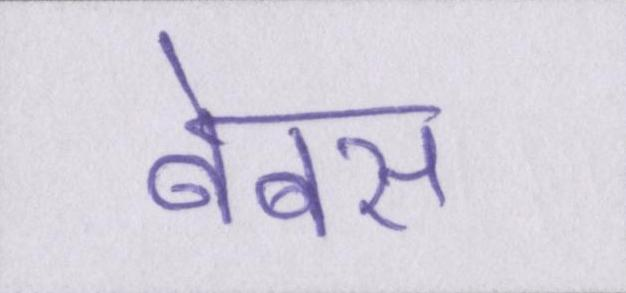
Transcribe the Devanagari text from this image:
बेबस